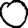
Digit: 0